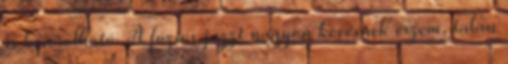
is besorolható. A fúziós jazzt nagyon kevésnek érzem, talán